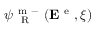
\psi _ { \mathrm { ~ \tiny ~ R ~ } } ^ { \mathrm { ~ m ~ - ~ } } ( { \bf E } ^ { \mathrm { ~ e ~ } } , \xi )